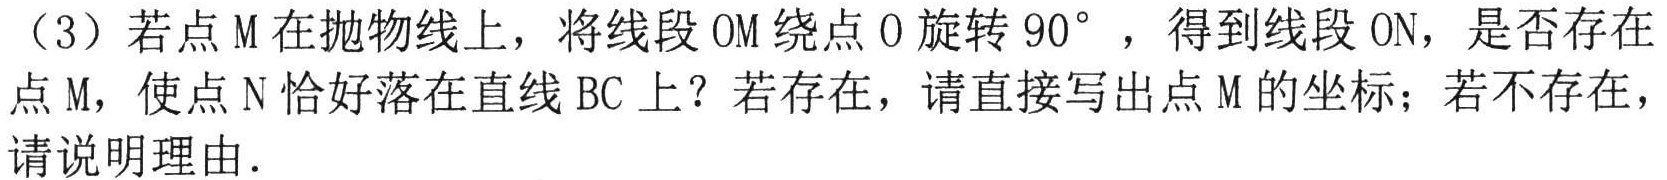
（3）若点\(M\)在抛物线上，将线段\(OM\)绕点\(O\)旋转\(90^{\circ}\)，得到线段\(ON\)，是否存在点\(M\)，使点\(N\)恰好落在直线\(BC\)上？若存在，请直接写出点\(M\)的坐标；若不存在，请说明理由.